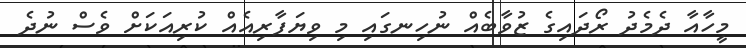
މީހާއާ ދެމެދު ރޯދައިގެ ޒުވާބެއް ނުހިނގައި މި ވިޔަފާރިއެއް ކުރިއަކަށް ވެސް ނުދެ